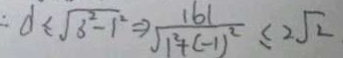
\therefore d \leq \sqrt { b ^ { 2 } - 1 ^ { 2 } } \Rightarrow \frac { 1 6 1 } { \sqrt { 1 ^ { 2 } + ( - 1 ) ^ { 2 } } } \leq 2 \sqrt { 2 }